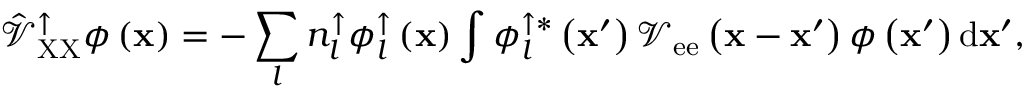
\hat { \mathcal { V } } _ { \mathrm { X X } } ^ { \uparrow } \phi \left( { \bf x } \right) = - \sum _ { l } { n _ { l } ^ { \uparrow } \phi _ { l } ^ { \uparrow } \left( { \bf x } \right) \int { \phi _ { l } ^ { \uparrow * } \left( { \bf x } ^ { \prime } \right) \mathcal { V } _ { \mathrm { e e } } \left( { \bf x } - { \bf x } ^ { \prime } \right) \phi \left( { \bf x } ^ { \prime } \right) \mathrm { d } { \bf x } ^ { \prime } } } ,